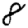
Digit: 8